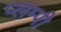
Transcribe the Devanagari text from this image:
प्लम्पी